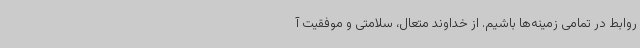
روابط در تمامی زمینه‌ها باشیم. از خداوند متعال، سلامتی و موفقیت آ